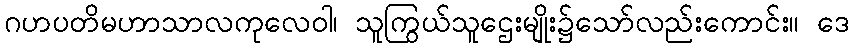
ဂဟပတိမဟာသာလကုလေဝါ၊ သူကြွယ်သူဌေးမျိုး၌သော်လည်းကောင်း။ ဒေ